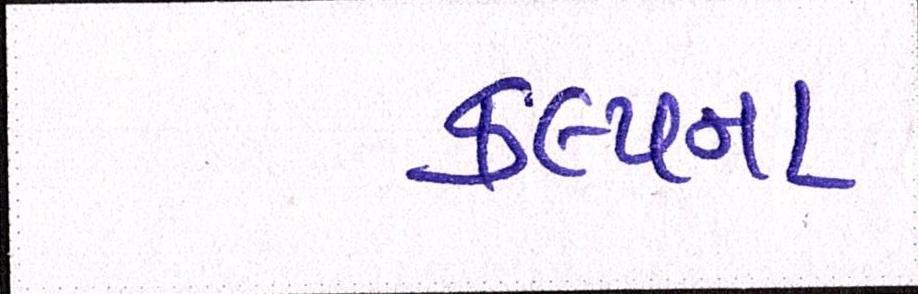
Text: કલ્પના